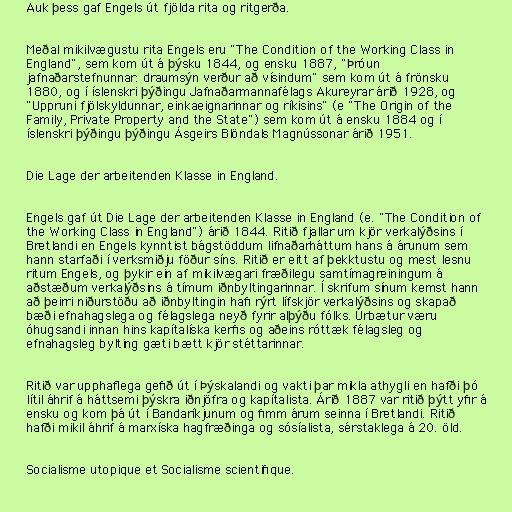
Auk þess gaf Engels út fjölda rita og ritgerða.

Meðal mikilvægustu rita Engels eru "The Condition of the Working Class in
England", sem kom út á þýsku 1844, og ensku 1887, "Þróun
jafnaðarstefnunnar: draumsýn verður að vísindum" sem kom út á frönsku
1880, og í íslenskri þýðingu Jafnaðarmannafélags Akureyrar árið 1928, og
"Uppruni fjölskyldunnar, einkaeignarinnar og ríkisins" (e "The Origin of the
Family, Private Property and the State") sem kom út á ensku 1884 og í
íslenskri þýðingu þýðingu Ásgeirs Blöndals Magnússonar árið 1951.

Die Lage der arbeitenden Klasse in England.

Engels gaf út Die Lage der arbeitenden Klasse in England (e. "The Condition of
the Working Class in England") árið 1844. Ritið fjallar um kjör verkalýðsins í
Bretlandi en Engels kynntist bágstöddum lifnaðarháttum hans á árunum sem
hann starfaði í verksmiðju föður síns. Ritið er eitt af þekktustu og mest lesnu
ritum Engels, og þykir ein af mikilvægari fræðilegu samtímagreiningum á
aðstæðum verkalýðsins á tímum iðnbyltingarinnar. Í skrifum sínum kemst hann
að þeirri niðurstöðu að iðnbyltingin hafi rýrt lífskjör verkalýðsins og skapað
bæði efnahagslega og félagslega neyð fyrir alþýðu fólks. Úrbætur væru
óhugsandi innan hins kapítalíska kerfis og aðeins róttæk félagsleg og
efnahagsleg bylting gæti bætt kjör stéttarinnar.

Ritið var upphaflega gefið út í Þýskalandi og vakti þar mikla athygli en hafði þó
lítil áhrif á háttsemi þýskra iðnjöfra og kapítalista. Árið 1887 var ritið þýtt yfir á
ensku og kom þá út í Bandaríkjunum og fimm árum seinna í Bretlandi. Ritið
hafði mikil áhrif á marxíska hagfræðinga og sósíalista, sérstaklega á 20. öld.

Socialisme utopique et Socialisme scientifique.